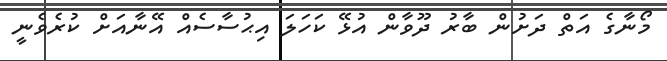
މޯނާގެ އަތް ދަށުން ބާރު ދޫވާން އުޅޭ ކަހަލަ އިޙުސާސެއް އޭނާއަށް ކުރެވެނީ